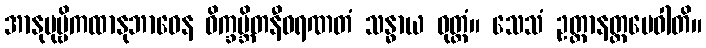
အာနုပုဗ္ဗိကထာနုဘာဝေန ဝိက္ခမ္ဘိတနီဝရဏတံ သန္ဓာယ ဝုတ္တံ။ သေသံ ဥတ္တာနတ္ထမေဝါတိ။